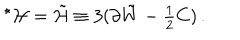
{ } ^ { \star } { \cal H } = \tilde { \cal H } \equiv 3 ( \partial \tilde { W } - { \textstyle \frac { 1 } { 2 } } C ) \, .